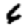
Digit: 6